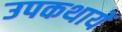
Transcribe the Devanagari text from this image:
उपकथायें